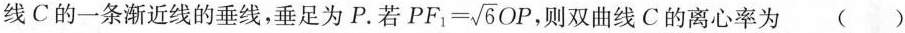
线C的一条渐近线的垂线，垂足为P。若$$PF_{1}= \sqrt{6}OF$$，则双曲线C的离心率为 ()